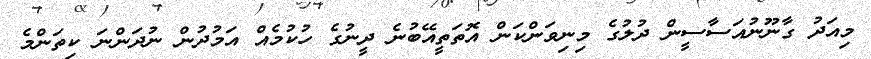
މިއަދު ގާނޫނުއަސާސީން ދުލުގެ މިނިވަންކަން އޮތަތީއޭބުނެ ދީނުގެ ހުކުމެއް އަމުދުން ނުދަންނަ ކިތަންމެ